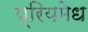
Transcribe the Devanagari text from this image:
प्रियमेध